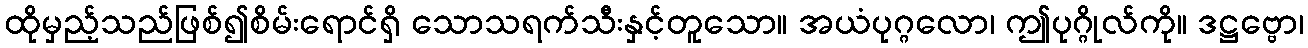
ထိုမှည့်သည်ဖြစ်၍စိမ်းရောင်ရှိ သောသရက်သီးနှင့်တူသော။ အယံပုဂ္ဂလော၊ ဤပုဂ္ဂိုလ်ကို။ ဒဋ္ဌဗ္ဗော၊